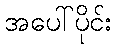
အပေါ်ပိုင်း